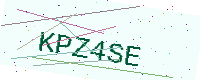
Text: KPZ4SE